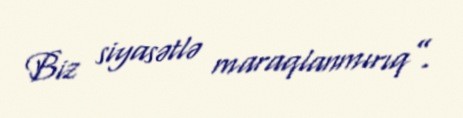
Biz siyasətlə maraqlanmırıq”.